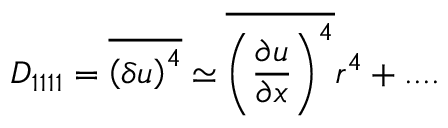
D _ { 1 1 1 1 } = \overline { { \left( \delta u \right) ^ { 4 } } } \simeq \overline { { \left( \frac { \partial u } { \partial x } \right) ^ { 4 } } } r ^ { 4 } + . . . .